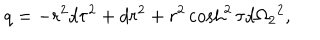
q = - r ^ { 2 } d \tau ^ { 2 } + d r ^ { 2 } + r ^ { 2 } \cosh ^ { 2 } \tau d \Omega _ { 2 } { } ^ { 2 } ,